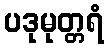
ပဒုမုတ္တရံ